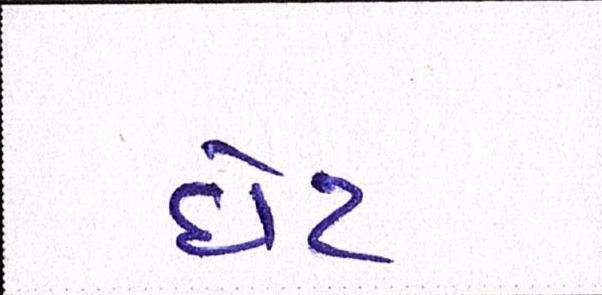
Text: ધેટ